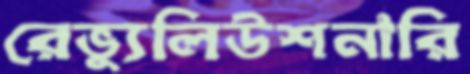
রেভ্যুলিউশনারি